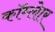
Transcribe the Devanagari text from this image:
कॉम्लेार